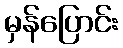
မှန်ပြောင်း